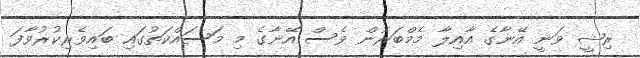
ރިޝީ ވަނީ އޭނާގެ އާއިލާ މެމްބަރުން ވެސް އޭނާގެ މި މަސައްކަތުގައި ބައިވެރިކުރުވާފަ